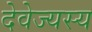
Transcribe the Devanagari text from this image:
देवेज्यस्य